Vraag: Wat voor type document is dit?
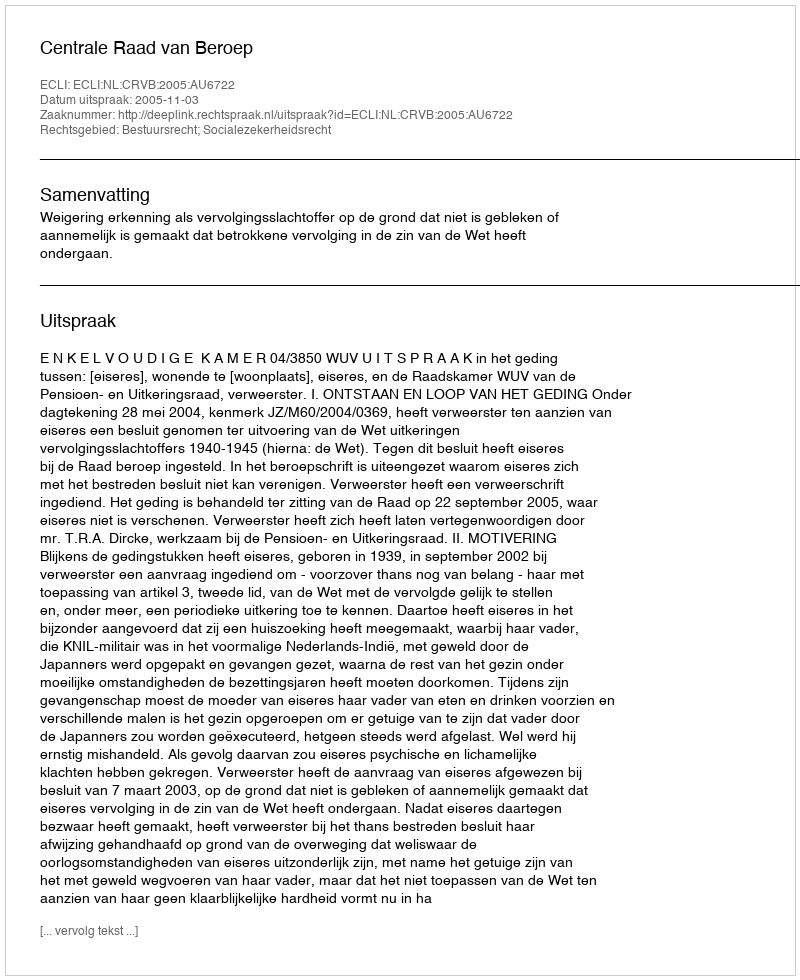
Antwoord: Uitspraak